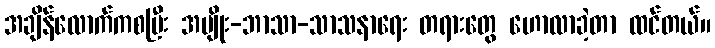
အချိန်လောက်ကစပြီး အမျိုး-ဘာသာ-သာသနာရေး တရားတွေ ဟောလာခဲ့တာ ထင်တယ်။